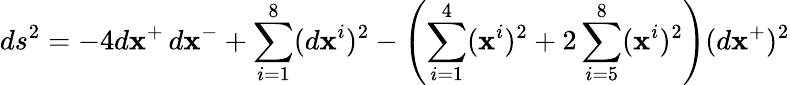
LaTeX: ds^{2}=-4d\mathbf{x}^{+}\, d\mathbf{x}^{-}+\sum_{i=1}^{8}(d\mathbf{x}^{i})^{2}-\left(\sum_{i=1}^{4}(\mathbf{x}^{i})^{2}+2\sum_{i=5}^{8}(\mathbf{x}^{i})^{2}\right)(d\mathbf{x}^{+})^{2}